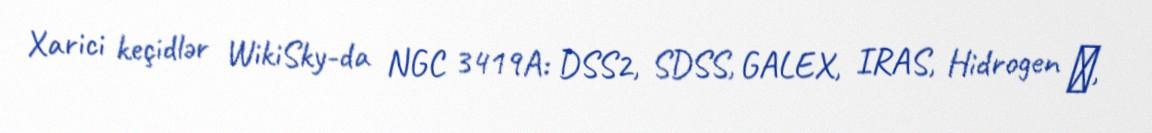
Xarici keçidlər WikiSky-da NGC 3419A: DSS2, SDSS, GALEX, IRAS, Hidrogen α,